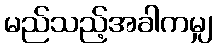
မည်သည့်အခါကမျှ